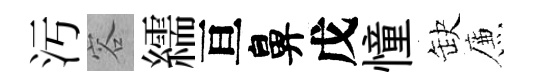
汚容繻亘鼻戊憧缺簾